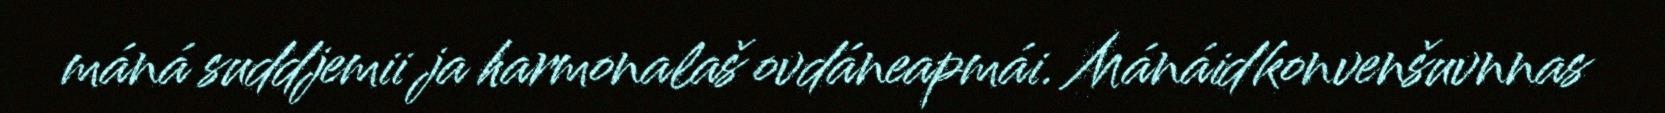
máná suddjemii ja harmonalaš ovdáneapmái. Mánáidkonvenšuvnnas